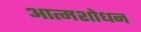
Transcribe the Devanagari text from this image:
आत्मशोधन